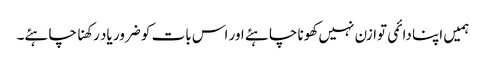
ہمیں اپنا دائمی توازن نہیں کھونا چاہئے اور اس بات کو ضرور یاد رکھنا چاہئے۔